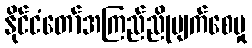
နိုင်ငံတော်အကြည်ညိုပျက်စေမှု